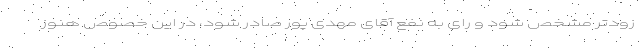
زودتر مشخص شود و رای به نفع آقای مهدی پور صادر شود، در این خصوص هنوز